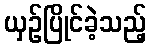
ယှဉ်ပြိုင်ခဲ့သည့်